Annual administration and progress report of the Indian Medical Department, Bombay
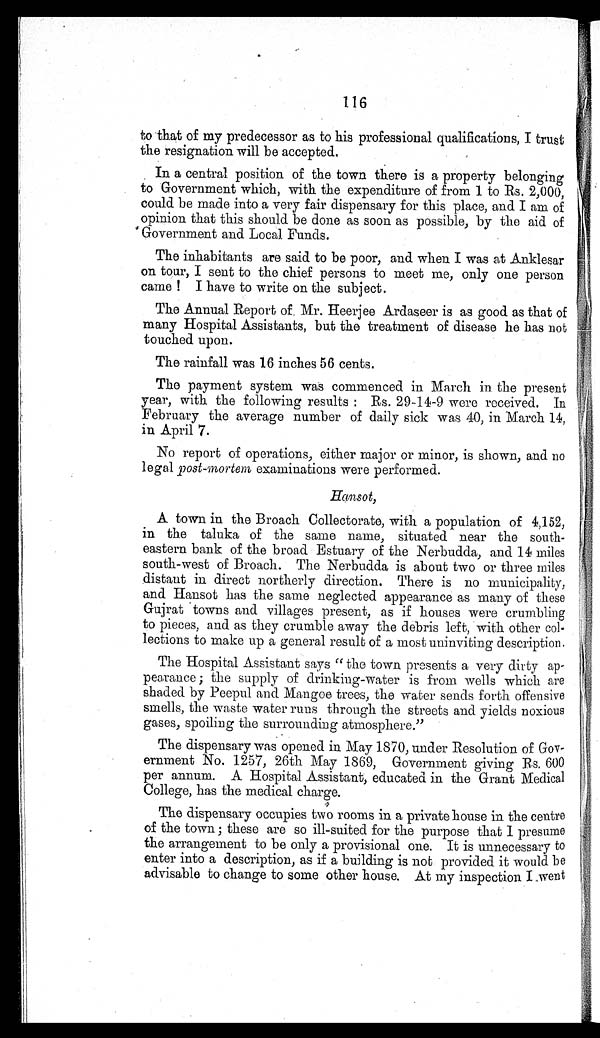
116
to that of my predecessor as to his professional qualifications, I trust
the resignation will be accepted.
In a central position of the town there is a property belonging
to Government which, with the expenditure of from 1 to Rs. 2,000,
could be made into a very fair dispensary for this place, and I am of
opinion that this should be done as soon as possible, by the aid of
Government and Local Funds.
The inhabitants are said to be poor, and when I was at Anklesar
on tour, I sent to the chief persons to meet me, only one person
came ! I have to write on the subject.
The Annual Report of Mr. Heerjee Ardaseer is as good as that of
many Hospital Assistants, but the treatment of disease he has not
touched upon.
The rainfall was 16 inches 56 cents.
The payment system was commenced in March in the present
year, with the following results : Rs. 29-14-9 were received. In
February the average number of daily sick was 40, in March 14,
in April 7.
No report of operations, either major or minor, is shown, and no
legal post-mortem examinations were performed.
Hansot,
A town in the Broach Collectorate, with a population of 4,152,
in the taluka of the same name, situated near the south-
eastern bank of the broad Estuary of the Nerbudda, and 14 miles
south-west of Broach. The Nerbudda is about two or three miles
distant in direct northerly direction. There is no municipality,
and Hansot has the same neglected appearance as many of these
Gujrat towns and villages present, as if houses were crumbling
to pieces, and as they crumble away the debris left, with other col-
lections to make up a general result of a most uninviting description.
The Hospital Assistant says " the town presents a very dirty ap-
pearance ; the supply of drinking-water is from wells which are
shaded by Peepul and Mangoe trees, the water sends forth offensive
smells, the waste water runs through the streets and yields noxious
gases, spoiling the surrounding atmosphere."
The dispensary was opened in May 1870, under Resolution of Gov-
ernment No. 1257, 26th May 1869, Government giving Rs. 600
per annum. A Hospital Assistant, educated in the Grant Medical
College, has the medical charge.
The dispensary occupies two rooms in a private house in the centre
of the town ; these are so ill-suited for the purpose that I presume
the arrangement to be only a provisional one. It is unnecessary to
enter into a description, as if a building is not provided it would be
advisable to change to some other house. At my inspection I went